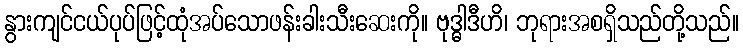
နွားကျင်ငယ်ပုပ်ဖြင့်ထုံအပ်သောဖန်းခါးသီးဆေးကို။ ဗုဒ္ဓါဒီဟိ၊ ဘုရားအစရှိသည်တို့သည်။